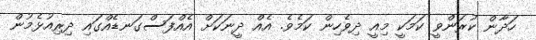
ހަދާން ކުރަންވީ ކަމަކީ މިއީ ދިވެހިން ކަމެވެ. އެއް ދީނަކަށް އެއްފަސްގަނޑެއްގައި ދިރިއުޅެމުން